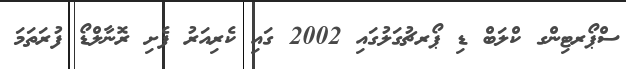
ސްޕޯރޓިންގ ކްލަބް ޑި ޕޯރޗުގަލުގައި 2002 ގައި ކެރިއަރު ފެށި ރޮނާލްޑޯ ފުރަތަމަ